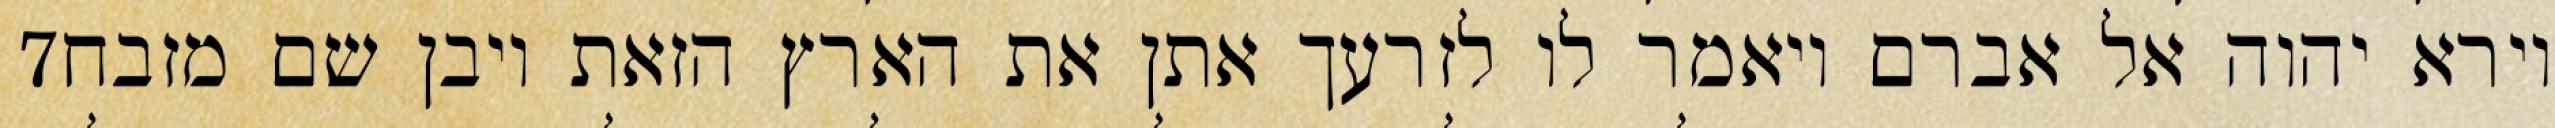
‎7‏ וירא יהוה אל אברם ויאמר לו לזרעך אתן את הארץ הזאת ויבן שם מזבח